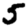
Digit: 5